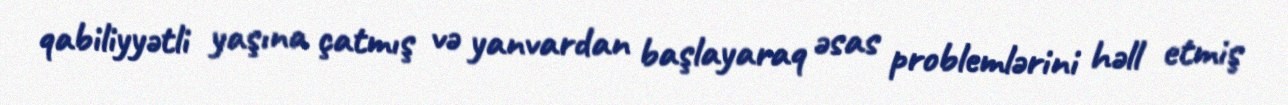
qabiliyyətli yaşına çatmış və yanvardan başlayaraq əsas problemlərini həll etmiş